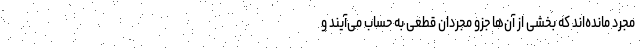
مجرد مانده‌اند که بخشی از آن‌ها جزو مجردان قطعی به حساب می‌آیند و